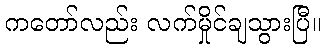
ကတော်လည်း လက်မှိုင်ချသွားပြီ။